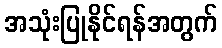
အသုံးပြုနိုင်ရန်အတွက်